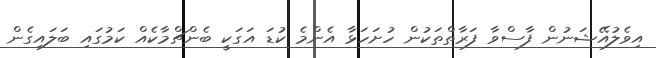
އިވެލުއޭޝަނުން ފާސްވާ ފަރާތްތަކުން ހުށަހަޅާ އެންމެ ކުޑަ އަގަކީ ބެންޗްމާކެއް ކަމުގައި ބަލައިގެން